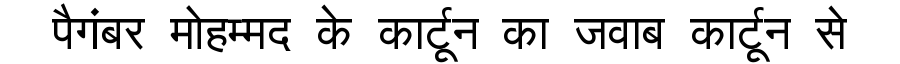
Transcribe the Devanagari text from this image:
पैगंबर मोहम्मद के कार्टून का जवाब कार्टून से